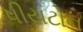
પીયટોન